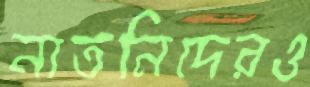
নাতনিদেরও